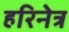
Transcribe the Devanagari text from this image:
हरिनेत्र